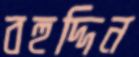
বহুদ্দিন